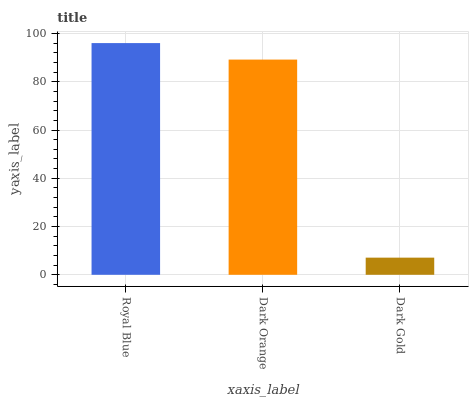
| xaxis_label | bars |
 | --- | --- |
 | Royal Blue | 96 |
 | Dark Orange | 89.2 |
 | Dark Gold | 7.11 |